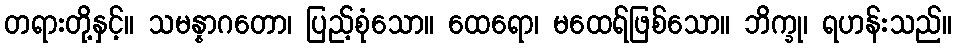
တရားတို့နှင့်။ သမန္နာဂတော၊ ပြည့်စုံသော။ ထေရော၊ မထေရ်ဖြစ်သော။ ဘိက္ခု၊ ရဟန်းသည်။